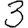
Digit: 3